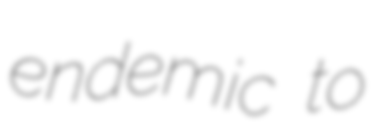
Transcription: endemic to